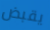
يقبض